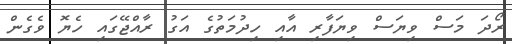
ރޯދަ މަސް ވިޔަސް ވިޔަފާރި އާއި ހިދުމަތުގެ އަގު ރާއްޖޭގައި ހެޔޮ ވެގެން